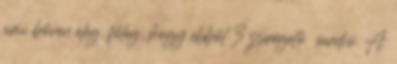
ami bőven elég, főleg, hogy ebből 3 zsírégető cardió. A